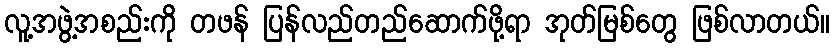
လူ့အဖွဲ့အစည်းကို တဖန် ပြန်လည်တည်ဆောက်ဖို့ရာ အုတ်မြစ်တွေ ဖြစ်လာတယ်။